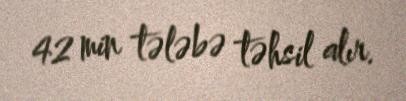
42 min tələbə təhsil alır.